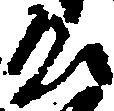
公